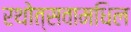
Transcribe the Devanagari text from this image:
रथोत्सवामधिल